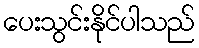
ပေးသွင်းနိုင်ပါသည်